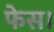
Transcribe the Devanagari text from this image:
फेस।